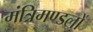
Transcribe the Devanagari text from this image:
मंत्रिमण्डलों